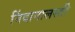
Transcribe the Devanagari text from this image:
निंदानालस्ती